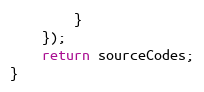
Language: JavaScript
        }
    });
    return sourceCodes;
}